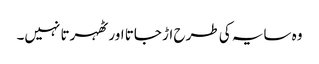
وہ سایہ کی طرح اڑ جاتا اور ٹھہرتا نہیں۔